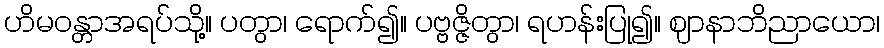
ဟိမဝန္တာအရပ်သို့။ ပတွာ၊ ရောက်၍။ ပဗ္ဗဇ္ဇိတွာ၊ ရဟန်းပြု၍။ ဈာနာဘိညာယော၊